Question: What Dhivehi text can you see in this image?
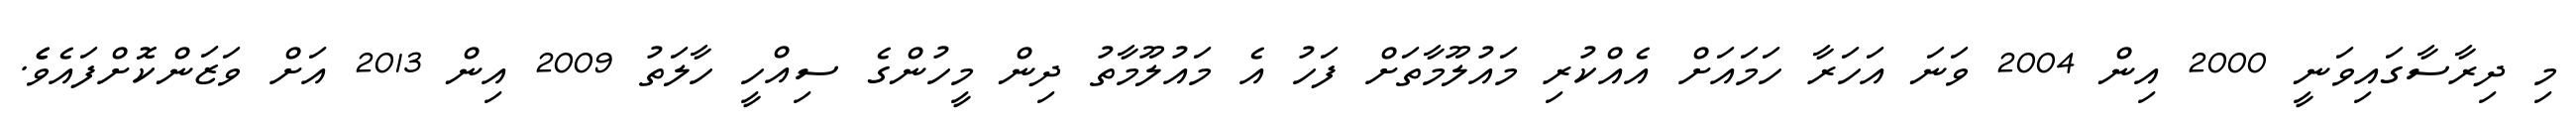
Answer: މި ދިރާސާގައިވަނީ 2000 އިން 2004 ވަނަ އަހަރާ ހަމައަށް އެއްކުރި މައުލޫމާތަށް ފަހު އެ މައުލޫމާތު ދިން މީހުންގެ ސިއްހީ ހާލަތު 2009 އިން 2013 އަށް ވަޒަންކޮށްފައެވެެ.